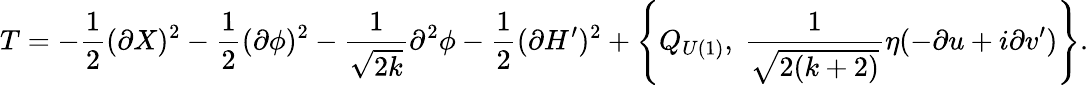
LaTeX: T=-\frac{1}{2}(\partial X)^{2}-\frac{1}{2}(\partial\phi)^{2}-\frac{1}{\sqrt{2k}}\partial^{2}\phi-\frac{1}{2}(\partial H^{\prime})^{2}+\left\{ Q_{U(1)},~\frac{1}{\sqrt{2(k+2)}}\eta(-\partial u+i\partial v^{\prime})\right\} .